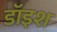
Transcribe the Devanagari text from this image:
डॉइश